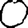
Digit: 0